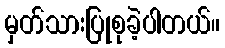
မှတ်သားပြုစုခဲ့ပါတယ်။